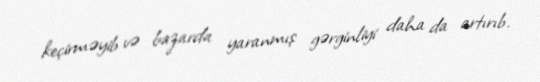
keçirməyib və bazarda yaranmış gərginliyi daha da artırıb.